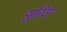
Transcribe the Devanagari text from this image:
झुरिया